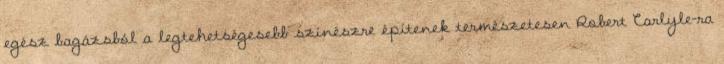
egész bagázsból a legtehetségesebb színészre építenek természetesen Robert Carlyle-ra